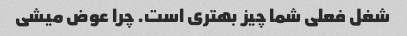
شغل فعلی شما چیز بهتری است. چرا عوض میشی